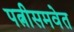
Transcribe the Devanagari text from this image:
पत्नीसमवेत